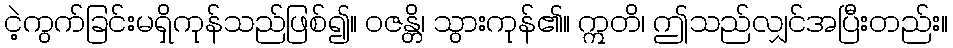
ငဲ့ကွက်ခြင်းမရှိကုန်သည်ဖြစ်၍။ ဝဇန္တိ၊ သွားကုန်၏။ ဣတိ၊ ဤသည်လျှင်အပြီးတည်း။